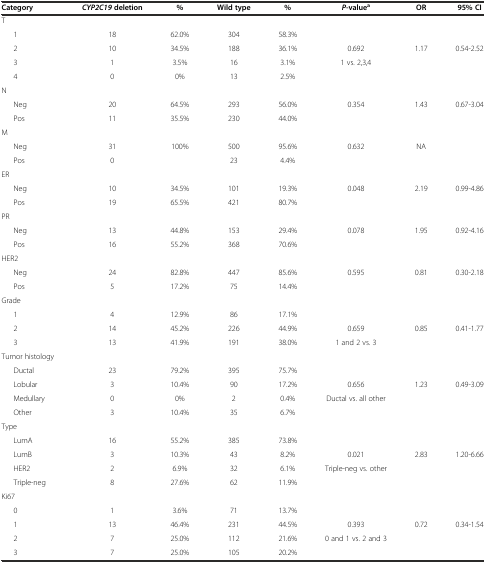
<table><thead><tr><td><b>Category</b></td><td><b><i>CYP2C19</i>deletion</b></td><td><b>%</b></td><td><b>Wild type</b></td><td><b>%</b></td><td><b><i>P</i>-value<sup>a</sup></b></td><td><b>OR</b></td><td><b>95% CI</b></td></tr></thead><tbody><tr><td>T</td><td></td><td></td><td></td><td></td><td></td><td></td><td></td></tr><tr><td>1</td><td>18</td><td>62.0%</td><td>304</td><td>58.3%</td><td></td><td></td><td></td></tr><tr><td>2</td><td>10</td><td>34.5%</td><td>188</td><td>36.1%</td><td>0.692</td><td>1.17</td><td>0.54-2.52</td></tr><tr><td>3</td><td>1</td><td>3.5%</td><td>16</td><td>3.1%</td><td>1 vs. 2,3,4</td><td></td><td></td></tr><tr><td>4</td><td>0</td><td>0%</td><td>13</td><td>2.5%</td><td></td><td></td><td></td></tr><tr><td>N</td><td></td><td></td><td></td><td></td><td></td><td></td><td></td></tr><tr><td>Neg</td><td>20</td><td>64.5%</td><td>293</td><td>56.0%</td><td>0.354</td><td>1.43</td><td>0.67-3.04</td></tr><tr><td>Pos</td><td>11</td><td>35.5%</td><td>230</td><td>44.0%</td><td></td><td></td><td></td></tr><tr><td>M</td><td></td><td></td><td></td><td></td><td></td><td></td><td></td></tr><tr><td>Neg</td><td>31</td><td>100%</td><td>500</td><td>95.6%</td><td>0.632</td><td>NA</td><td></td></tr><tr><td>Pos</td><td>0</td><td></td><td>23</td><td>4.4%</td><td></td><td></td><td></td></tr><tr><td>ER</td><td></td><td></td><td></td><td></td><td></td><td></td><td></td></tr><tr><td>Neg</td><td>10</td><td>34.5%</td><td>101</td><td>19.3%</td><td>0.048</td><td>2.19</td><td>0.99-4.86</td></tr><tr><td>Pos</td><td>19</td><td>65.5%</td><td>421</td><td>80.7%</td><td></td><td></td><td></td></tr><tr><td>PR</td><td></td><td></td><td></td><td></td><td></td><td></td><td></td></tr><tr><td>Neg</td><td>13</td><td>44.8%</td><td>153</td><td>29.4%</td><td>0.078</td><td>1.95</td><td>0.92-4.16</td></tr><tr><td>Pos</td><td>16</td><td>55.2%</td><td>368</td><td>70.6%</td><td></td><td></td><td></td></tr><tr><td>HER2</td><td></td><td></td><td></td><td></td><td></td><td></td><td></td></tr><tr><td>Neg</td><td>24</td><td>82.8%</td><td>447</td><td>85.6%</td><td>0.595</td><td>0.81</td><td>0.30-2.18</td></tr><tr><td>Pos</td><td>5</td><td>17.2%</td><td>75</td><td>14.4%</td><td></td><td></td><td></td></tr><tr><td>Grade</td><td></td><td></td><td></td><td></td><td></td><td></td><td></td></tr><tr><td>1</td><td>4</td><td>12.9%</td><td>86</td><td>17.1%</td><td></td><td></td><td></td></tr><tr><td>2</td><td>14</td><td>45.2%</td><td>226</td><td>44.9%</td><td>0.659</td><td>0.85</td><td>0.41-1.77</td></tr><tr><td>3</td><td>13</td><td>41.9%</td><td>191</td><td>38.0%</td><td>1 and 2 vs. 3</td><td></td><td></td></tr><tr><td>Tumor histology</td><td></td><td></td><td></td><td></td><td></td><td></td><td></td></tr><tr><td>Ductal</td><td>23</td><td>79.2%</td><td>395</td><td>75.7%</td><td></td><td></td><td></td></tr><tr><td>Lobular</td><td>3</td><td>10.4%</td><td>90</td><td>17.2%</td><td>0.656</td><td>1.23</td><td>0.49-3.09</td></tr><tr><td>Medullary</td><td>0</td><td>0%</td><td>2</td><td>0.4%</td><td>Ductal vs. all other</td><td></td><td></td></tr><tr><td>Other</td><td>3</td><td>10.4%</td><td>35</td><td>6.7%</td><td></td><td></td><td></td></tr><tr><td>Type</td><td></td><td></td><td></td><td></td><td></td><td></td><td></td></tr><tr><td>LumA</td><td>16</td><td>55.2%</td><td>385</td><td>73.8%</td><td></td><td></td><td></td></tr><tr><td>LumB</td><td>3</td><td>10.3%</td><td>43</td><td>8.2%</td><td>0.021</td><td>2.83</td><td>1.20-6.66</td></tr><tr><td>HER2</td><td>2</td><td>6.9%</td><td>32</td><td>6.1%</td><td>Triple-neg vs. other</td><td></td><td></td></tr><tr><td>Triple-neg</td><td>8</td><td>27.6%</td><td>62</td><td>11.9%</td><td></td><td></td><td></td></tr><tr><td>Ki67</td><td></td><td></td><td></td><td></td><td></td><td></td><td></td></tr><tr><td>0</td><td>1</td><td>3.6%</td><td>71</td><td>13.7%</td><td></td><td></td><td></td></tr><tr><td>1</td><td>13</td><td>46.4%</td><td>231</td><td>44.5%</td><td>0.393</td><td>0.72</td><td>0.34-1.54</td></tr><tr><td>2</td><td>7</td><td>25.0%</td><td>112</td><td>21.6%</td><td>0 and 1 vs. 2 and 3</td><td></td><td></td></tr><tr><td>3</td><td>7</td><td>25.0%</td><td>105</td><td>20.2%</td><td></td><td></td><td></td></tr></tbody></table>